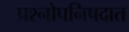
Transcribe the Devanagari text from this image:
प्रश्नोपनिषदात